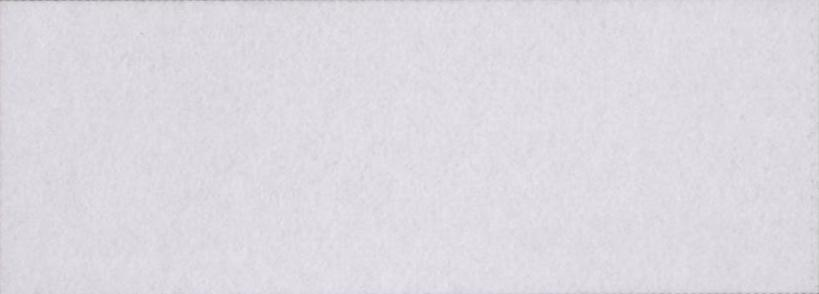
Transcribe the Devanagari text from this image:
गर्मागर्म